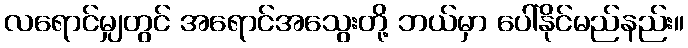
လရောင်မျှတွင် အရောင်အသွေးတို့ ဘယ်မှာ ပေါ်နိုင်မည်နည်း။